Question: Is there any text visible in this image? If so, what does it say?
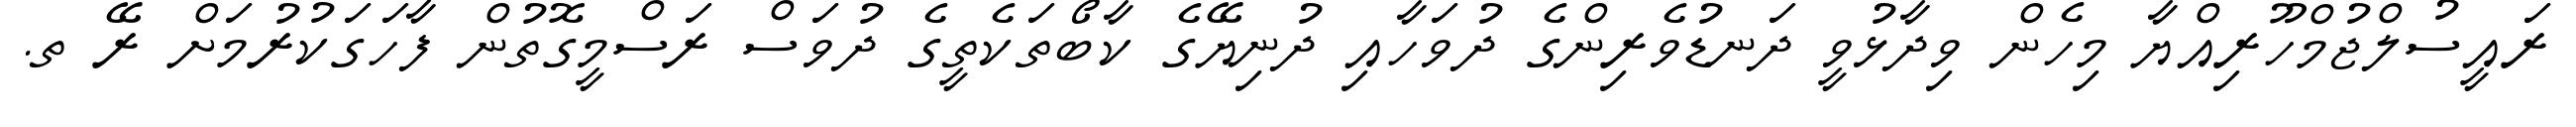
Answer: ރައީސުލްޖުމްހޫރިއްޔާ މިހެން ވިދާޅުވީ ދަނޑުވެރިންގެ ދުވަހާއި ދުނިޔޭގެ ކާބޯތަކެތީގެ ދުވަސް ރަސްމީގޮތުން ފާހަގަކުރުމަށް ރޭ ތ.